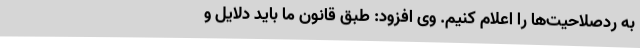
به ردصلاحیت‌ها را اعلام کنیم. وی افزود: طبق قانون ما باید دلایل و